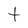
Character: t